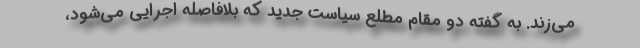
می‌زند. به گفته دو مقام مطلع سیاست جدید که بلافاصله اجرایی می‌شود،